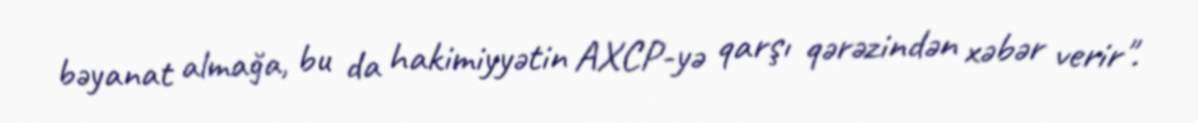
bəyanat almağa, bu da hakimiyyətin AXCP-yə qarşı qərəzindən xəbər verir".